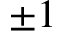
\pm 1